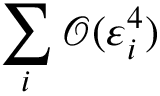
\sum _ { i } \mathcal { O } ( \varepsilon _ { i } ^ { 4 } )